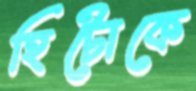
হিটোকে